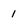
Character: 1